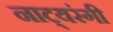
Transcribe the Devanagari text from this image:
नाट्यरंगी